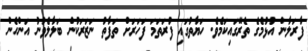
ފާރަލާން އުޅުމެގެ ތެރޭގައިކަމެވެ. ހަޔާތުގައި ފުރަތަމަ ފަހަރަށް ތަފާތު ނަޒަރަކުން ބަލާލެވުނު އަންހެން